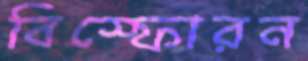
বিস্ফোরন